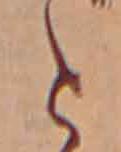
と